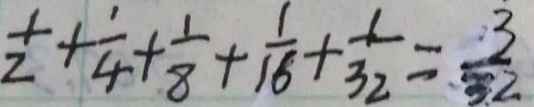
\frac { 1 } { 2 } + \frac { 1 } { 4 } + \frac { 1 } { 8 } + \frac { 1 } { 1 6 } + \frac { 1 } { 3 2 } = \frac { 3 } { 3 2 }